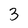
Character: 3